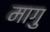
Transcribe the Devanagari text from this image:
मागु